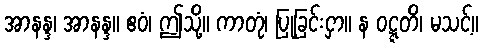
အာနန္ဒ၊ အာနန္ဒ။ ဧဝံ၊ ဤသို့။ ကာတုံ၊ ပြုခြင်းငှာ။ န ဝဋ္ဋတိ၊ မသင့်။